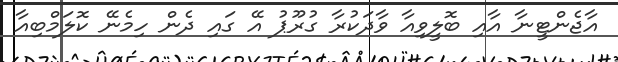
އާޖެންޓީނާ އާއި ބޮލީވިއާ ވާދަކުރާ ގުރޫޕު އޭ ގައި ދެން ހިމެނޭ ކޮލަމްބިއާ